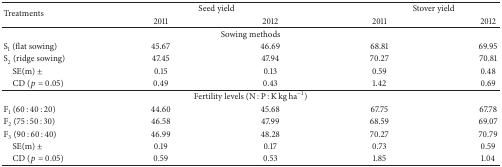
<table><thead><tr><td rowspan="2"><b>Treatments</b></td><td colspan="2"><b>Seed yield</b></td><td colspan="2"><b>Stover yield</b></td></tr><tr><td><b>2011</b></td><td><b>2012</b></td><td><b>2011</b></td><td><b>2012</b></td></tr></thead><tbody><tr><td colspan="5">Sowing methods</td></tr><tr><td>S<sub>1</sub> (flat sowing)</td><td>45.67</td><td>46.69</td><td>68.81</td><td>69.95</td></tr><tr><td>S<sub>2</sub> (ridge sowing)</td><td>47.45</td><td>47.94</td><td>70.27</td><td>70.81</td></tr><tr><td> SE(m) ±</td><td>0.15</td><td>0.13</td><td>0.59</td><td>0.48</td></tr><tr><td> CD (<i>p</i> = 0.05)</td><td>0.49</td><td>0.43</td><td>1.42</td><td>0.69</td></tr><tr><td colspan="5">Fertility levels (N : P : K kg ha<sup>−1</sup>)</td></tr><tr><td>F<sub>1</sub> (60 : 40 : 20)</td><td>44.60</td><td>45.68</td><td>67.75</td><td>67.78</td></tr><tr><td>F<sub>2</sub> (75 : 50 : 30)</td><td>46.58</td><td>47.99</td><td>68.59</td><td>69.07</td></tr><tr><td>F<sub>3</sub> (90 : 60 : 40)</td><td>46.99</td><td>48.28</td><td>70.27</td><td>70.79</td></tr><tr><td> SE(m) ±</td><td>0.19</td><td>0.17</td><td>0.73</td><td>0.59</td></tr><tr><td> CD (<i>p</i> = 0.05)</td><td>0.59</td><td>0.53</td><td>1.85</td><td>1.04</td></tr></tbody></table>